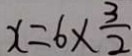
x = 6 \times \frac { 3 } { 2 }